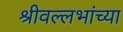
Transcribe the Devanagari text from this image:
श्रीवल्लभांच्या